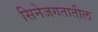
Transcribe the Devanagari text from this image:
सिनेजगतातील